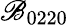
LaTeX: \mathscr{B}_{0220}